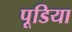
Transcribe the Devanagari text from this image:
पूडिया